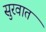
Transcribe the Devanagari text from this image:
सुुरवात